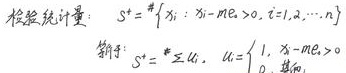
检验统计量：$S^{+}=\#\{ x_{i}:x_{i}-m_{0}>0,i = 1,2,\cdots,n\}$

符号：$S^{+}=\#u_{i},\ u_{i}=\begin{cases}1, & x_{i}-m_{0}>0 \\ 0, & 其他\end{cases}$